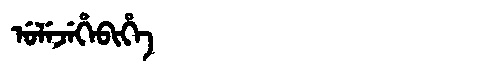
Manchu: ᡠᠯᡝᠵᡝᡥᡝᠪᡳᡥᡝ
Romanization: ULEJEHEBIHE